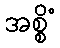
အစ္စိံ